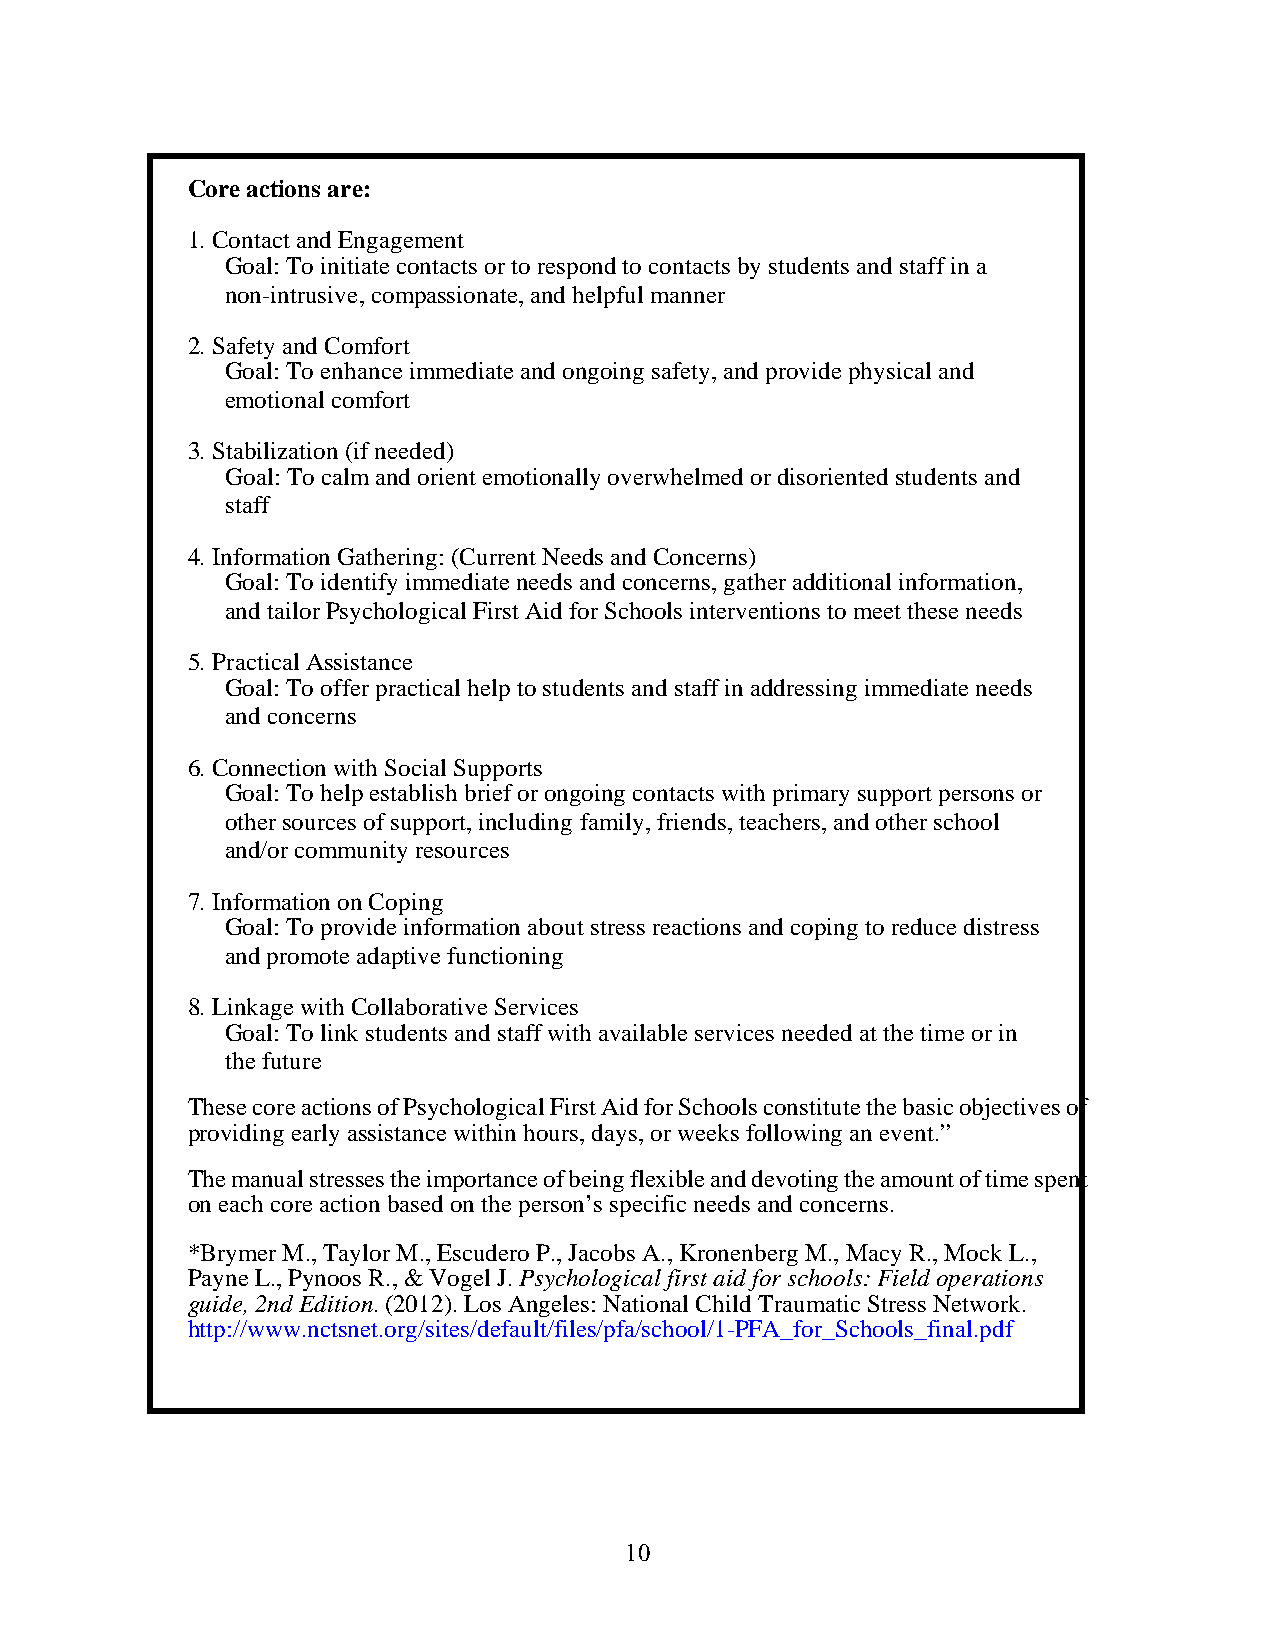
Core actions are:
 1. Contact and Engagement
 Goal: To initiate contacts or to respond to contacts by students and staff in a
 non-intrusive, compassionate, and helpful manner
 2. Safety and Comfort
 Goal: To enhance immediate and ongoing safety, and provide physical and
 emotional comfort
 3. Stabilization (if needed)
 Goal: To calm and orient emotionally overwhelmed or disoriented students and
 staff
 4. Information Gathering: (Current Needs and Concerns)
 Goal: To identify immediate needs and concerns, gather additional information,
 and tailor Psychological First Aid for Schools interventions to meet these needs
 5. Practical Assistance
 Goal: To offer practical help to students and staff in addressing immediate needs
 and concerns
 6. Connection with Social Supports
 Goal: To help establish brief or ongoing contacts with primary support persons or
 other sources of support, including family, friends, teachers, and other school
 and/or community resources
 7. Information on Coping
 Goal: To provide information about stress reactions and coping to reduce distress
 and promote adaptive functioning
 8. Linkage with Collaborative Services
 Goal: To link students and staff with available services needed at the time or in
 the future
 These core actions of Psychological First Aid for Schools constitute the basic objectives of
 providing early assistance within hours, days, or weeks following an event.”
 The manual stresses the importance of being flexible and devoting the amount of time spent
 on each core action based on the person’s specific needs and concerns.
 *Brymer M., Taylor M., Escudero P., Jacobs A., Kronenberg M., Macy R., Mock L.,
 Payne L., Pynoos R., & Vogel J. Psychological first aid for schools: Field operations
 guide, 2nd Edition. (2012). Los Angeles: National Child Traumatic Stress Network.
 http://www.nctsnet.org/sites/default/files/pfa/school/1-PFA_for_Schools_final.pdf
 10